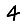
Digit: 4